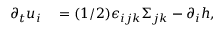
\begin{array} { r l } { \partial _ { t } u _ { i } } & { { } = ( 1 / 2 ) \epsilon _ { i j k } \Sigma _ { j k } - \partial _ { i } h , } \end{array}